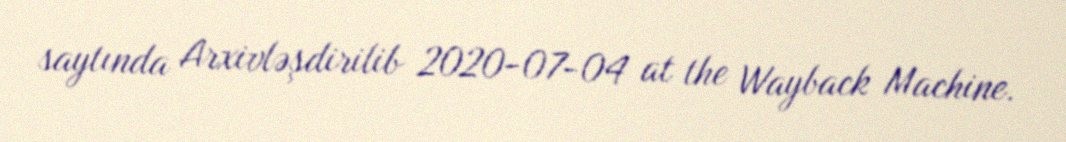
saytında Arxivləşdirilib 2020-07-04 at the Wayback Machine.